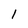
Character: 1